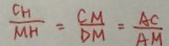
\frac { G _ { H } } { M H } = \frac { C M } { D M } = \frac { A C } { A M }